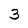
Character: 3